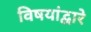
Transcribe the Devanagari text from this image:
विषयांद्वारे